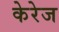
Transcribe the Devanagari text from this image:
केरेज